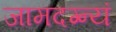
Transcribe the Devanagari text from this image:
जामदग्न्यं